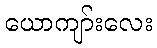
ယောကျာ်းလေး